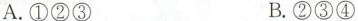
A.①②③ B.②③④